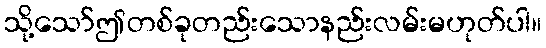
သို့သော်ဤတစ်ခုတည်းသောနည်းလမ်းမဟုတ်ပါ။